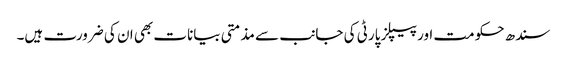
سندھ حکومت اور پیپلز پارٹی کی جانب سے مذمتی بیانات بھی ان کی ضرورت ہیں۔